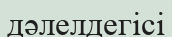
дәлелдегісі